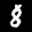
Label: 8